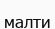
малти